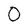
Character: O